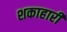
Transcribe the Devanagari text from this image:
शकाहारी